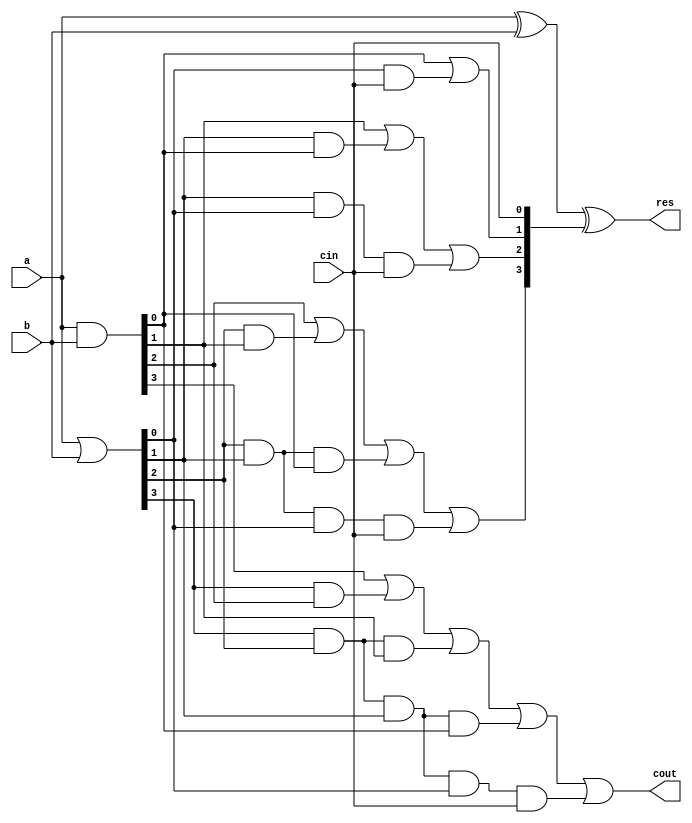
module four_bit_claa (
    output [3:0] res, output cout,
    input [3:0] a, b, input cin
);
    // * Combining four bits together in this implementation.

    wire [3:0] p, g; // * Propagate and Generate arrays
    
    // * Component wise assignment
    assign p = a | b; // * OR for Propagation (generally faster than XOR)
    assign g = a & b; // * AND for Generation

    wire [4:0] c; // * Carries
    
    // * Expanding the expression- `C[i+1] = G[i] | (P[i] & C[i])`
    assign c[0] = cin;
    assign c[1] = g[0] | (p[0] & c[0]);
    assign c[2] = g[1] | (p[1] & g[0]) | (p[1] & p[0] & c[0]);
    assign c[3] = g[2] | (p[2] & g[1]) | (p[2] & p[1] & g[0]) | (p[2] & p[1] & p[0] & c[0]);
    assign c[4] = g[3] | (p[3] & g[2]) | (p[3] & p[2] & g[1]) | (p[3] & p[2] & p[1] & g[0]) | (p[3] & p[2] & p[1] & p[0] & c[0]);

    assign cout = c[4];

    assign res = a ^ b ^ c[3:0]; // * Component wise assignment

endmodule